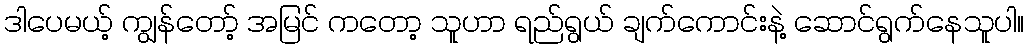
ဒါပေမယ့် ကျွန်တော့် အမြင် ကတော့ သူဟာ ရည်ရွယ် ချက်ကောင်းနဲ့ ဆောင်ရွက်နေသူပါ။